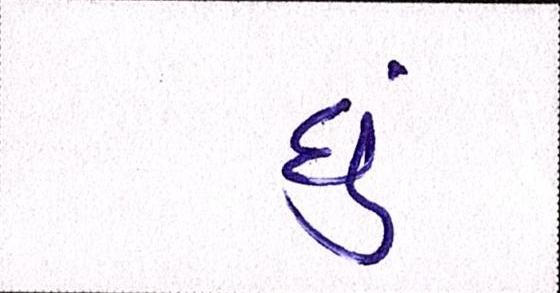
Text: છું